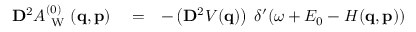
\begin{array} { r l r } { \ensuremath { \mathbf { D } } ^ { 2 } A _ { \mathrm { ~ W ~ } } ^ { ( 0 ) } ( \ensuremath { \mathbf { q } } , \ensuremath { \mathbf { p } } ) } & { { } = } & { - \left( \ensuremath { \mathbf { D } } ^ { 2 } V ( \ensuremath { \mathbf { q } } ) \right) \; \delta ^ { \prime } \! \left( \omega + E _ { 0 } - H ( \ensuremath { \mathbf { q } } , \ensuremath { \mathbf { p } } ) \right) } \end{array}